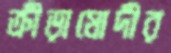
ক্রীড়ামোদীর